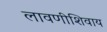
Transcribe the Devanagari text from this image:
लावणीशिवाय